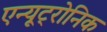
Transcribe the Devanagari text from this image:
एन्यूट्रोनिक